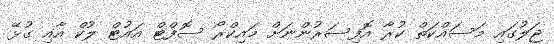
ޖަލުގައި މަސައްކަތް ކުރާ އޮފިސަރުންނަށް މައިކްރޯ ސޮފްޓް އައުޓް ލުކް އާއި ގުޅޭ